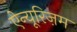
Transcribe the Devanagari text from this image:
ऐन्यूरिज़म